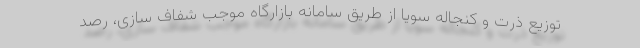
توزیع ذرت و کنجاله سویا از طریق سامانه بازارگاه موجب شفاف سازی، رصد